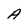
Character: A